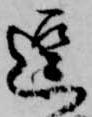
逗